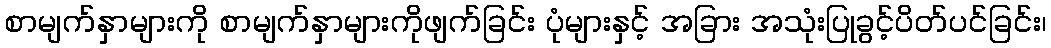
စာမျက်နှာများကို စာမျက်နှာများကိုဖျက်ခြင်း ပုံများနှင့် အခြား အသုံးပြုခွင့်ပိတ်ပင်ခြင်း၊